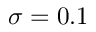
\sigma = 0 . 1